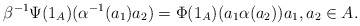
\begin{align*} \beta^{-1}\Psi(1_A)(\alpha^{-1}(a_1)a_2) = \Phi(1_A)(a_1\alpha(a_2)) a_1,a_2 \in A.\end{align*}